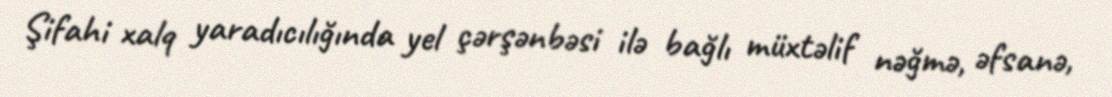
Şifahi xalq yaradıcılığında yel çərşənbəsi ilə bağlı müxtəlif nəğmə, əfsanə,